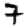
Digit: 7